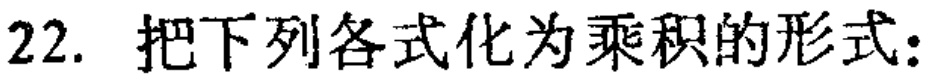
22. 把下列各式化为乘积的形式：